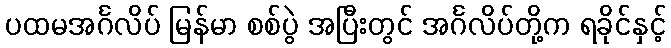
ပထမအင်္ဂလိပ် မြန်မာ စစ်ပွဲ အပြီးတွင် အင်္ဂလိပ်တို့က ရခိုင်နှင့်